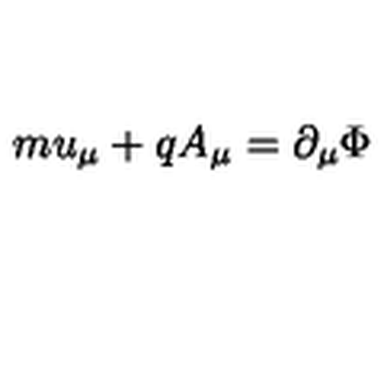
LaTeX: m u _ { \mu } + q A _ { \mu } = \partial _ { \mu } \Phi